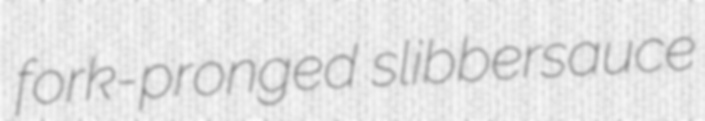
fork-pronged slibbersauce